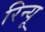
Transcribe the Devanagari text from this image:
रिन्यू